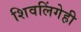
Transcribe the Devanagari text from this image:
शिवलिंगेही